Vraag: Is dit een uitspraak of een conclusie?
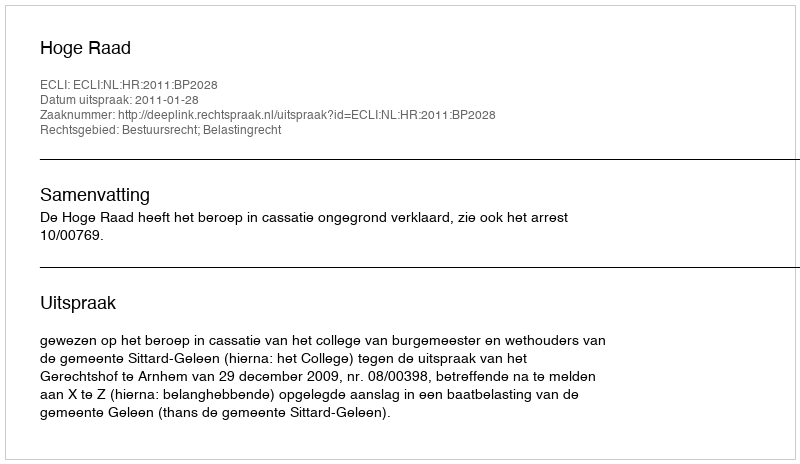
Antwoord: Uitspraak